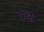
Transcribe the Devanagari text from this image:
ग्रब्स